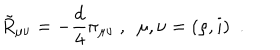
LaTeX: \tilde { R } _ { \mu \nu } = - { \frac { d } { 4 } } \pi _ { \mu \nu } ~ , ~ ~ \mu , \nu = ( \rho , i ) ~ ~ .